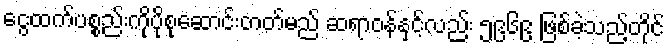
ငွေထက်ပစ္စည်းကိုပိုစုဆောင်းတတ်မည် ဆရာဝန်နှင့်လည်း ၅၉၆၉ ဖြစ်ခဲ့သည့်တိုင်